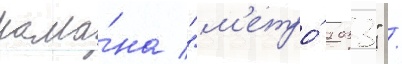
рома́на "м'етро́ 2033" /